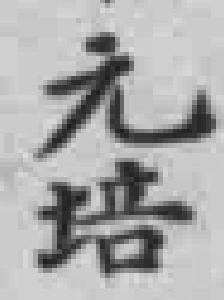
元培